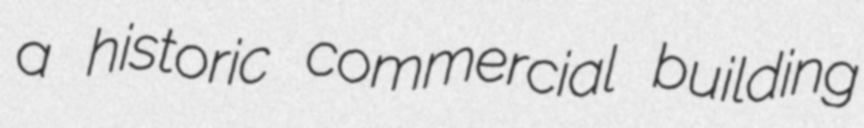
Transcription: a historic commercial building